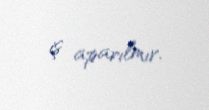
iş aparılmır.